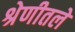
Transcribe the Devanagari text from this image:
श्रेणीतले